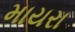
માયરા